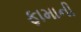
ફામાની